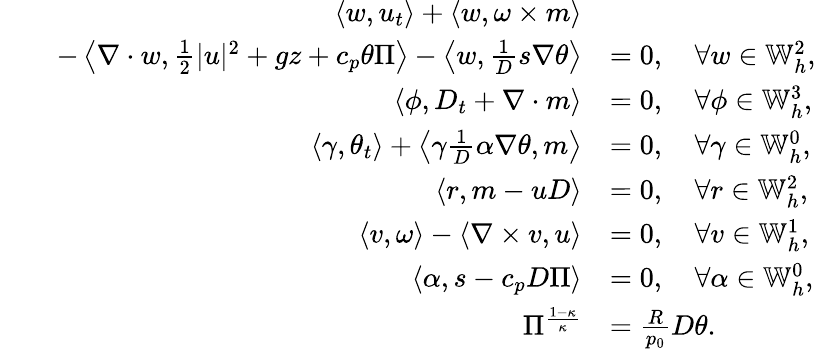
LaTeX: \begin{array}{rl}{\left\langle w,u_{t}\right\rangle+\left\langle w,\omega\times m\right\rangle}&{}\\ {\qquad-\left\langle\nabla\cdot w,\frac{1}{2}|u|^{2}+gz+c_{p}\theta\Pi\right\rangle-\left\langle w,\frac{1}{D}s\nabla\theta\right\rangle}&{=0,\quad\forall w\in\mathbb{W}_{h}^{2},}\\ {\left\langle\phi,D_{t}+\nabla\cdot m\right\rangle}&{=0,\quad\forall\phi\in\mathbb{W}_{h}^{3},}\\ {\left\langle\gamma,\theta_{t}\right\rangle+\left\langle\gamma\frac{1}{D}\alpha\nabla\theta,m\right\rangle}&{=0,\quad\forall\gamma\in\mathbb{W}_{h}^{0},}\\ {\left\langle r,m-uD\right\rangle}&{=0,\quad\forall r\in\mathbb{W}_{h}^{2},}\\ {\left\langle v,\omega\right\rangle-\left\langle\nabla\times v,u\right\rangle}&{=0,\quad\forall v\in\mathbb{W}_{h}^{1},}\\ {\left\langle\alpha,s-c_{p}D\Pi\right\rangle}&{=0,\quad\forall\alpha\in\mathbb{W}_{h}^{0},}\\ {\Pi^{\frac{1-\kappa}{\kappa}}}&{=\frac{R}{p_{0}}D\theta.}\end{array}